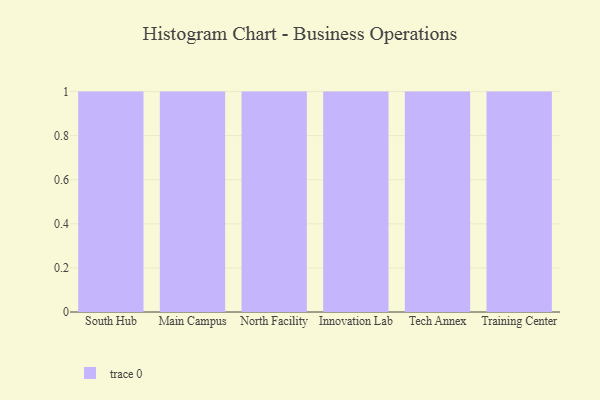
{"axis": {"x": "Campus", "y": "Customer Acquisition Cost (USD)"}, "legend": [""], "data": [{"x": "South Hub", "y": 67, "type": ""}, {"x": "Main Campus", "y": 65, "type": ""}, {"x": "North Facility", "y": 97, "type": ""}, {"x": "Innovation Lab", "y": 90, "type": ""}, {"x": "Tech Annex", "y": 91, "type": ""}, {"x": "Training Center", "y": 65, "type": ""}]}